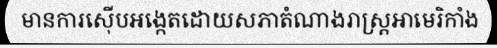
មានការស៊ើបអង្កេតដោយសភាតំណាងរាស្ត្រអាមេរិកាំង